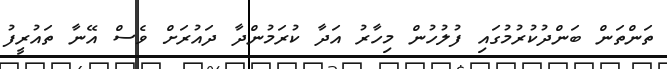
ތަންތަން ބަންދުކުރުމުގައި ފުލުހުން މިހާރު އަދާ ކުރަމުންދާ ދައުރަށް ވެސް އޭނާ ތައުރީފު